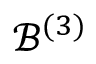
\mathcal { B } ^ { ( 3 ) }